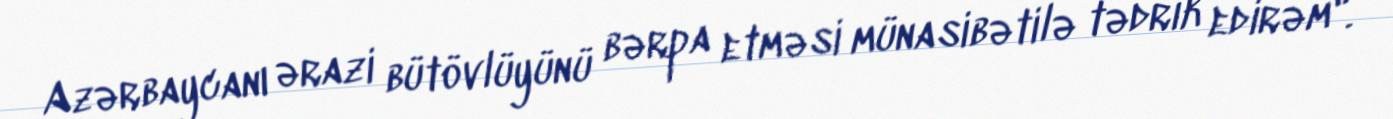
Azərbaycanı ərazi bütövlüyünü bərpa etməsi münasibətilə tədrik edirəm".